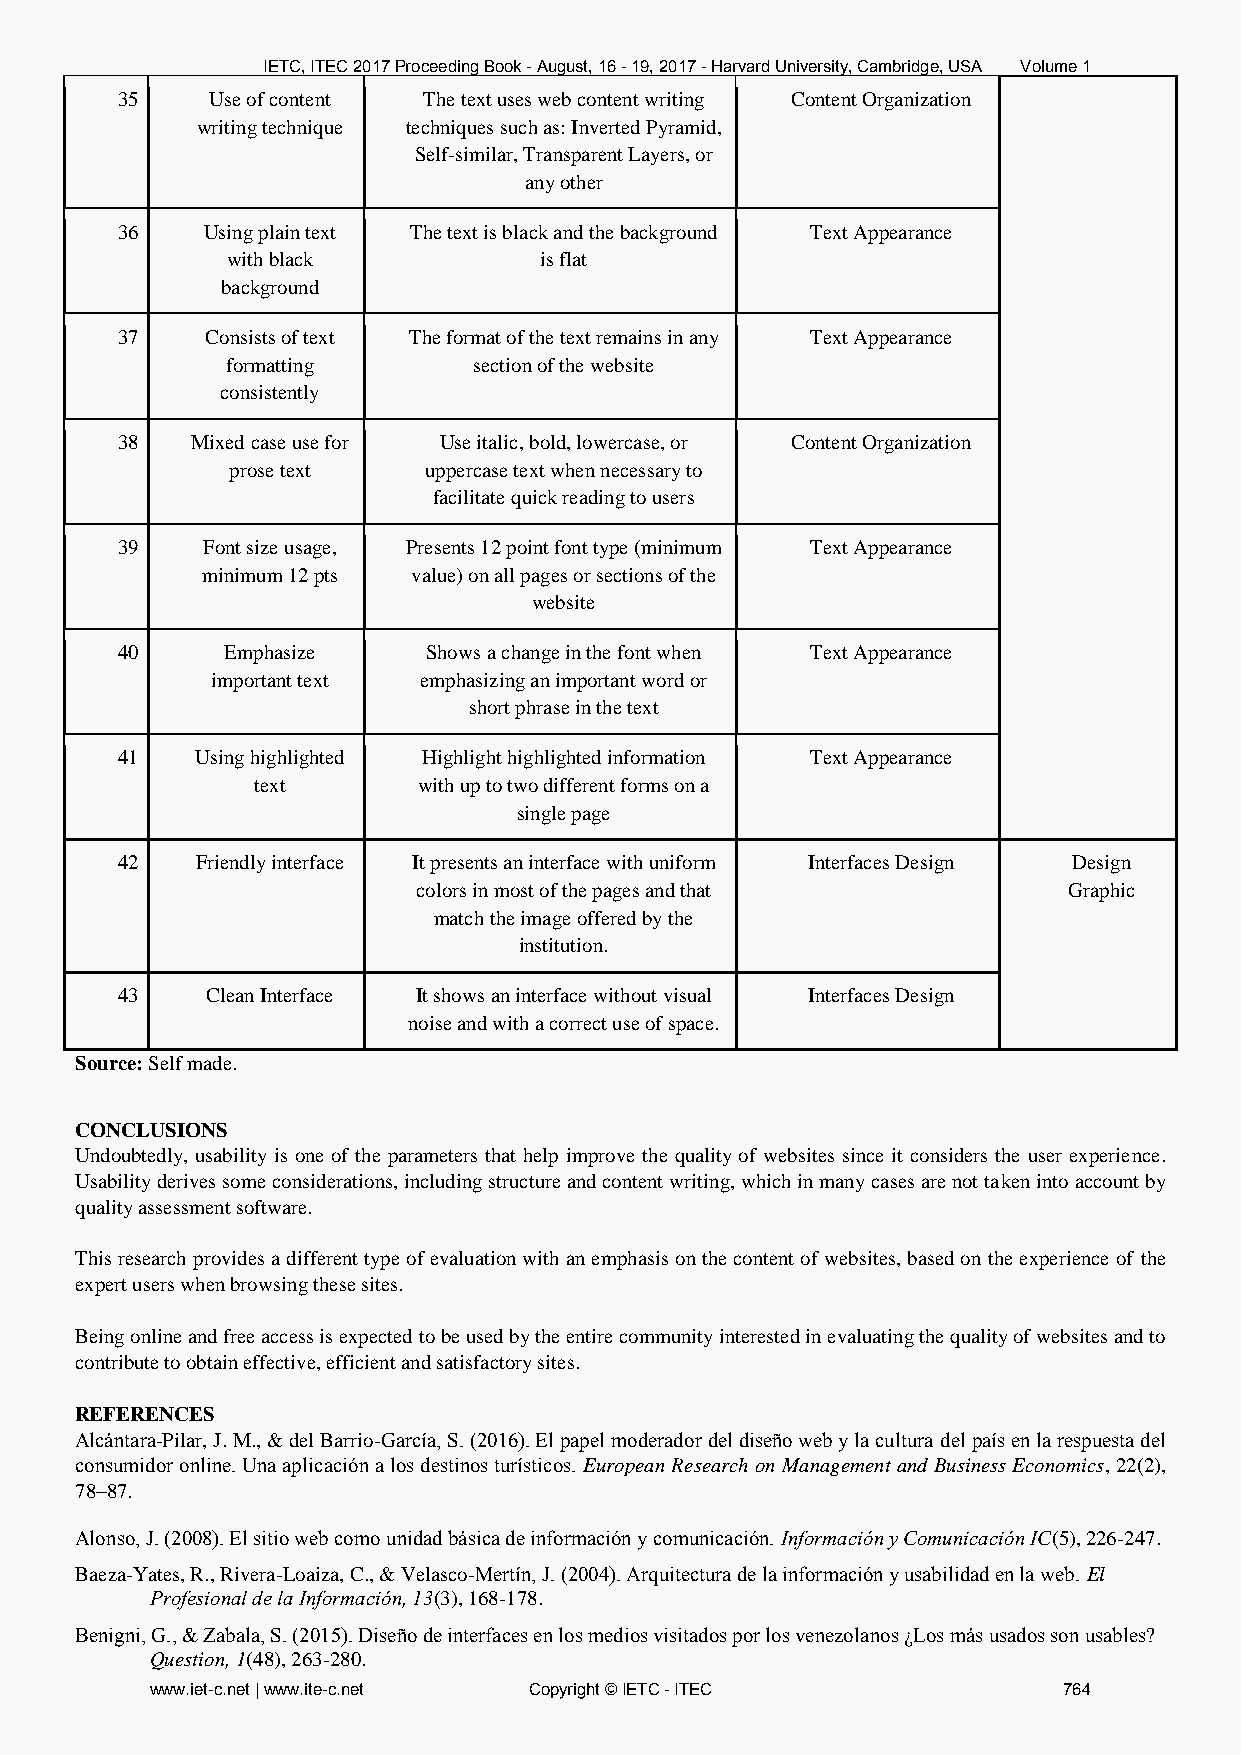
IETC, ITEC 2017 Proceeding Book - August, 16 - 19, 2017 - Harvard University, Cambridge, USA Volume 1
 35    Use of content The text uses web content writing Content Organization
 writing technique techniques such as: Inverted Pyramid,
 Self-similar, Transparent Layers, or
 any other
 36   Using plain text The text is black and the background Text Appearance
 with black           is flat
 background
 37    Consists of text The format of the text remains in any Text Appearance
 formatting      section of the website
 consistently
 38   Mixed case use for Use italic, bold, lowercase, or Content Organization
 prose text   uppercase text when necessary to
 facilitate quick reading to users
 39   Font size usage, Presents 12 point font type (minimum Text Appearance
 minimum 12 pts value) on all pages or sections of the
 website
 40     Emphasize    Shows a change in the font when Text Appearance
 important text emphasizing an important word or
 short phrase in the text
 41   Using highlighted Highlight highlighted information Text Appearance
 text       with up to two different forms on a
 single page
 42   Friendly interface It presents an interface with uniform Interfaces Design Design
 colors in most of the pages and that       Graphic
 match the image offered by the
 institution.
 43    Clean Interface It shows an interface without visual Interfaces Design
 noise and with a correct use of space.
 Source: Self made.
 CONCLUSIONS
 Undoubtedly, usability is one of the parameters that help improve the quality of websites since it considers the user experience.
 Usability derives some considerations, including structure and content writing, which in many cases are not taken into account by
 quality assessment software.
 This research provides a different type of evaluation with an emphasis on the content of websites, based on the experience of the
 expert users when browsing these sites.
 Being online and free access is expected to be used by the entire community interested in evaluating the quality of websites and to
 contribute to obtain effective, efficient and satisfactory sites.
 REFERENCES
 Alcántara-Pilar, J. M., & del Barrio-García, S. (2016). El papel moderador del diseño web y la cultura del país en la respuesta del
 consumidor online. Una aplicación a los destinos turísticos. European Research on Management and Business Economics, 22(2),
 78–87.
 Alonso, J. (2008). El sitio web como unidad básica de información y comunicación. Información y Comunicación IC(5), 226-247.
 Baeza-Yates, R., Rivera-Loaiza, C., & Velasco-Mertín, J. (2004). Arquitectura de la información y usabilidad en la web. El
 Profesional de la Información, 13(3), 168-178.
 Benigni, G., & Zabala, S. (2015). Diseño de interfaces en los medios visitados por los venezolanos ¿Los más usados son usables?
 Question, 1(48), 263-280.
 www.iet-c.net | www.ite-c.net Copyright © IETC - ITEC       764